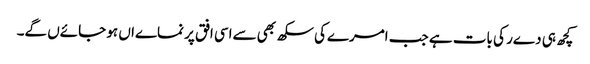
کچھ ہی دےر کی بات ہے جب امرےکی سکھ بھی سےاسی افق پر نماےاں ہو جائےں گے۔